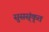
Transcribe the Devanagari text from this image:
सुसस्ंकृत